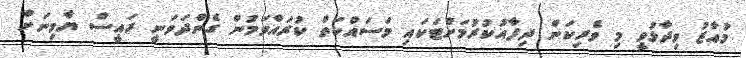
މުއާޒު ވިދާޅުވީ މި ވެރިކަން ދިފާއުކުރުމަށްޓަކައި މަސައްކަތް ކުރައްވަމުން ގެންދަވަނީ ރައީސް ޔާމިނަށް